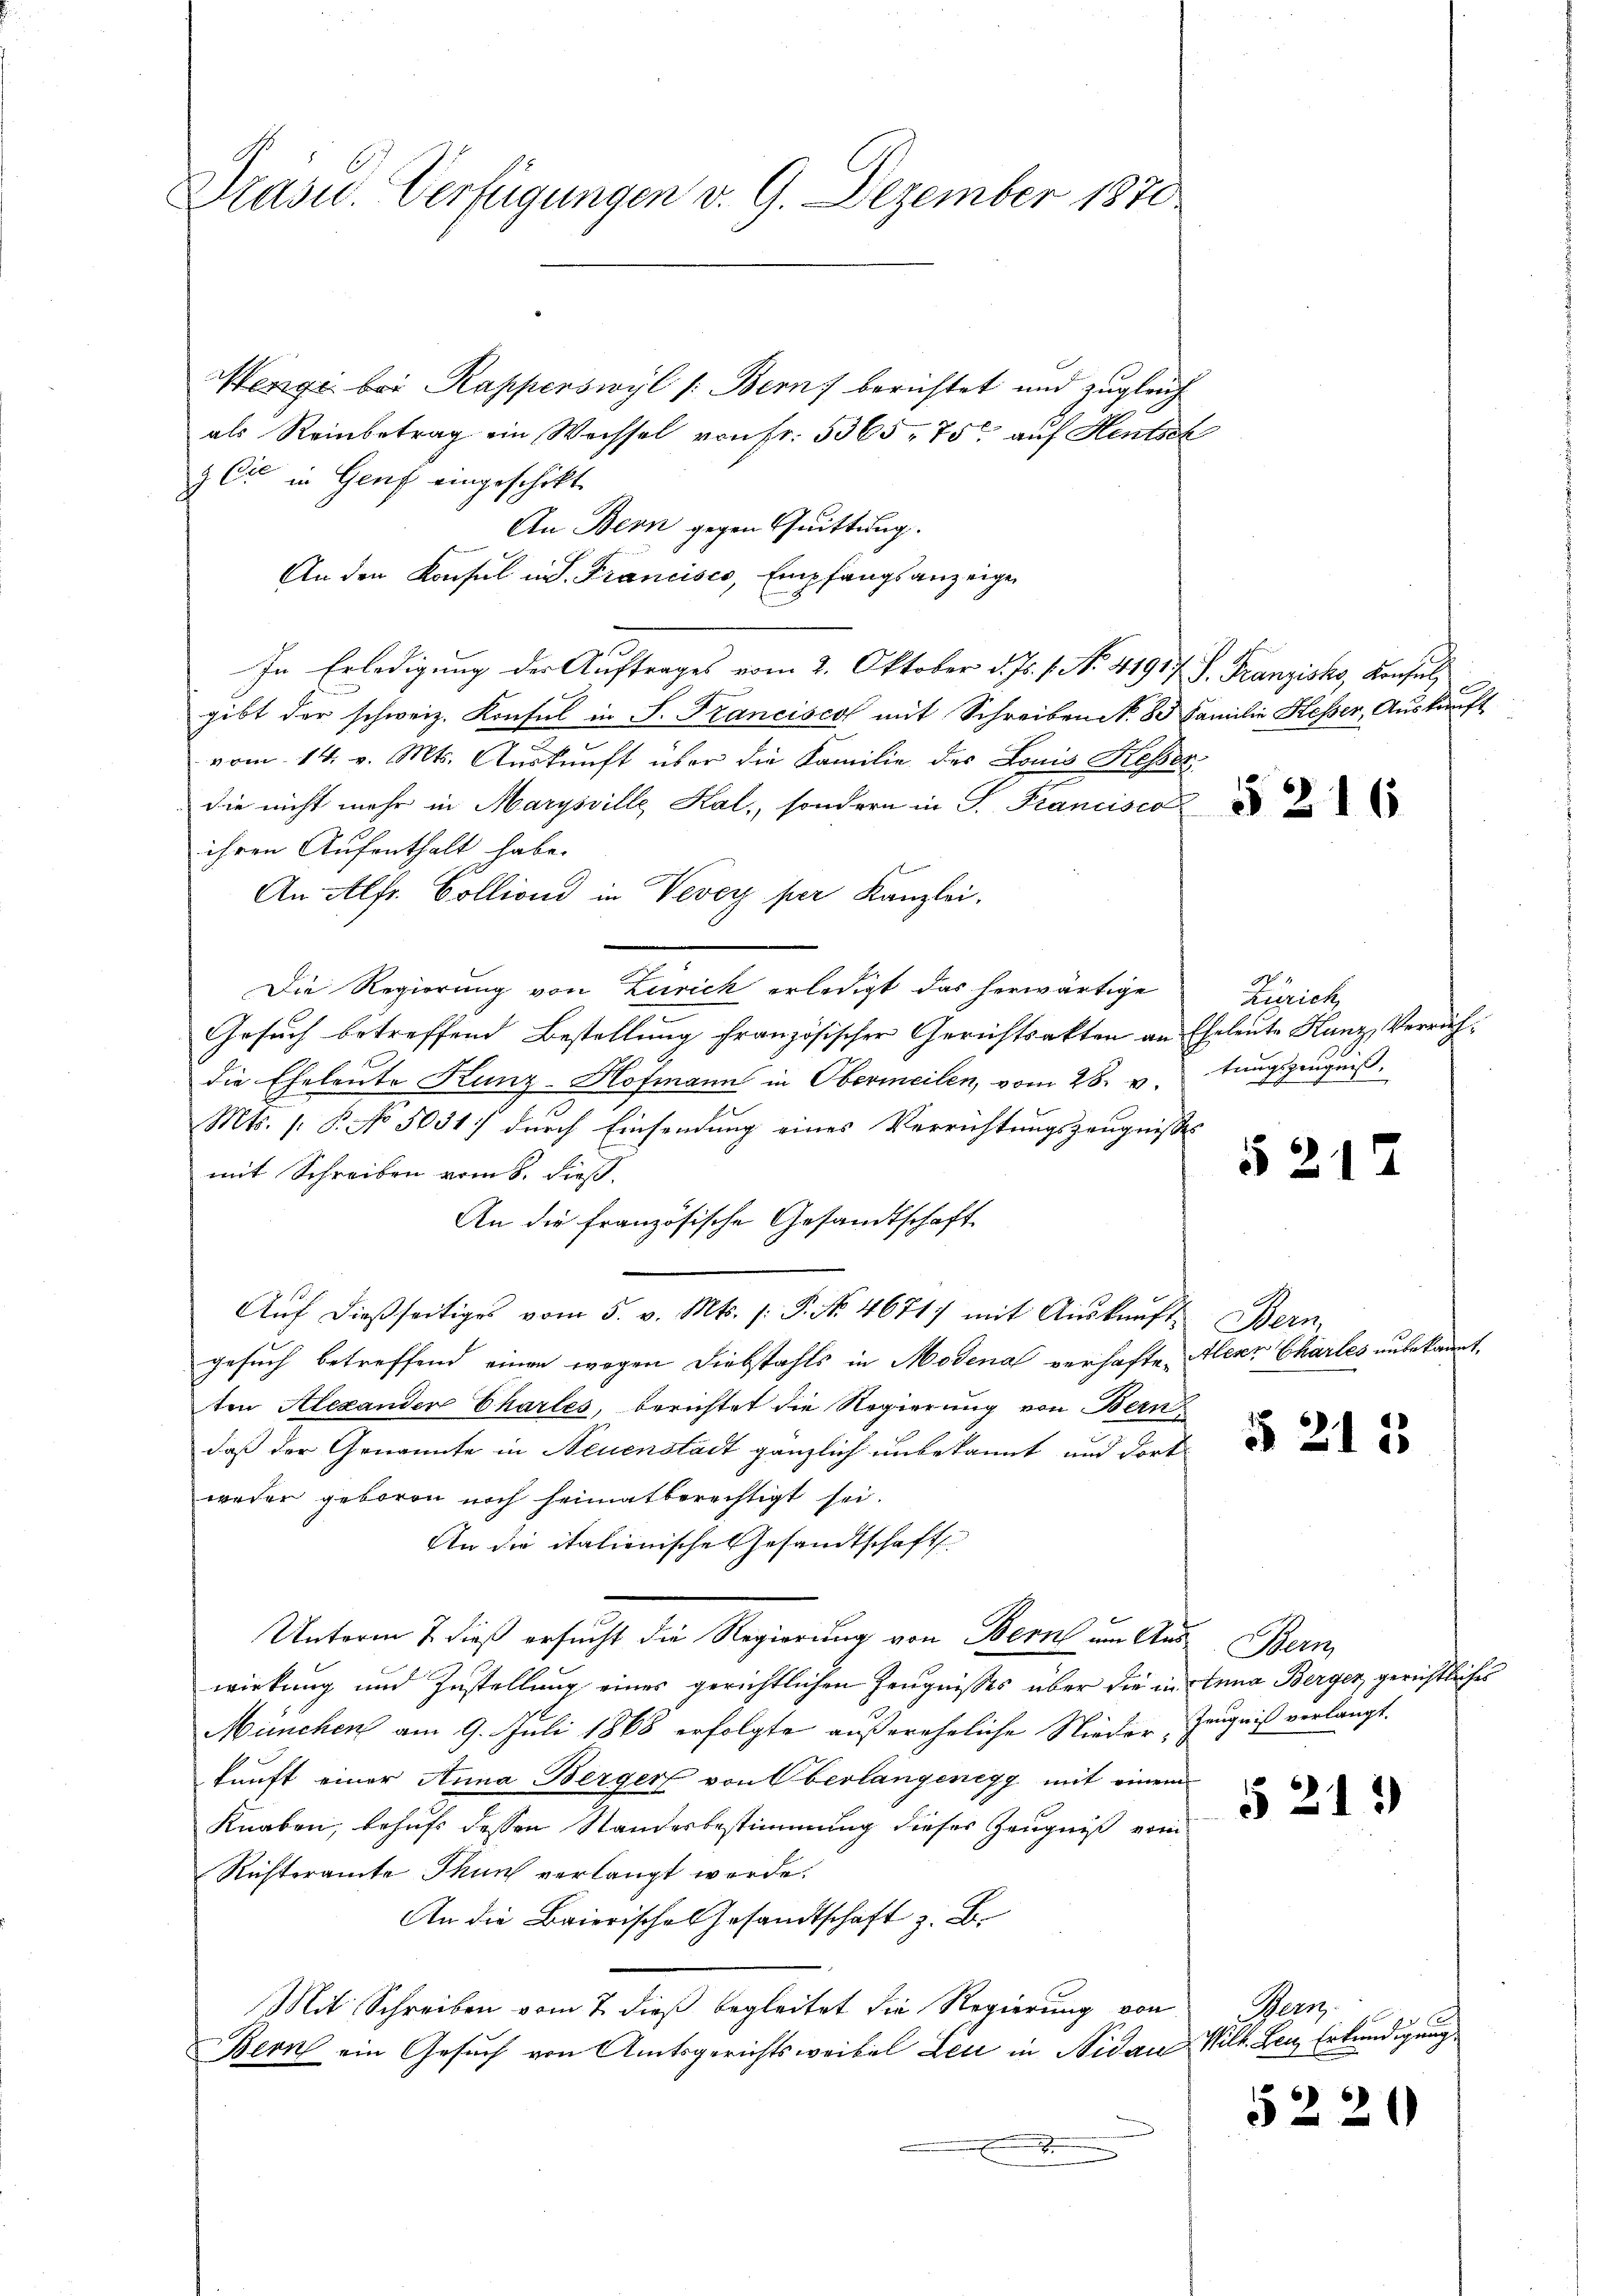
Drasu. Verfügungen v. 9. Dezember 1870

Menge bei Rapperswyl /: Bern) berichtet und zugleich
als Reinbetrag ein Wechsel von Fr. 5365. 75 auf Hentsch
& Cie in Genf eingeschikt
An Bern gegen Quittung.
An den Konsul in S. Francisco, Empfangsanzeige
In Erledigung der Auftrages vom 2. Oktober d. Js. 1. No. 41917 S. Franzisko, Konsul,
gibt der schweiz. Konsul in S. Francisco mit Schreiben No. 80 Familie Hesser, Auskunft
vom 14. v. Mts. Auskunft über die Familie des Louis Kesser
die nicht mehr in Marysville Kal., sondern in P. Francisco
ihren Aufenthalt habe.
An Alfr. Colliond in Vevey per Kanzlei.
Die Regierung von Zürich erledigt das herwärtige
Gesuch betreffend Bestellung französischer Gerichtsakten an Eheleute Kunz, Verrichdie Eheleute Kunz-Hofmann in Obermeilen, vom 28. v. tungszeugniß
Mts. (: P. No 5031 durch Einsendung eines Verrichtungszeugnisse
mit Schreiben vom 8. dieß.
An die französische Gesandtschaft
Aŭf dießseitiges vom 5. v. Mts. s. P. No. 4671) mit Auskunft
gesuch betreffend einen wegen Diebstahls in Modena verhafte, Herr Charles unbekann.
ten Alexander Chartes, berichtet die Regierung von Bern
daß der Genannte in Neuenstadt gänzlich unbekannt und dort
weder geboren noch heimatberechtigt sei.
An die italionische Gesandtschaft
Unterm 7. dieß ersucht die Regierung von Bern um Aus Bern,
wirkung und Zustellung eines gerichtlichen Zeugnisses über die in Anna Berger gerichtliches
München am 9. Juli 1868 erfolgte außereheliche Nieder Zeugniß verlangt.
kunft einer Anna Berger von Oberlangenegg mit einem
Knaben, behufs dessen Standesbestimmung dieser Zeugniß vom
Richteramte Thun verlangt werde.
An die Baierische Gesandtschaft z. B.
Mit Schreiben vom 7. dieß begleitet die Regierung von
Bern ein Gesuch von Amtsgerichtsweibel Leu in Nidau Wilk. Bei Erkundigung,
.

§216

Zürich,

21

Hern

§ 212

§ 213

Bern.

5220